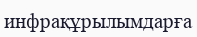
инфрақұрылымдарға